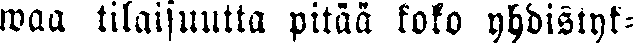
waa tilaisuutta pitää koko yhdistyk-